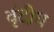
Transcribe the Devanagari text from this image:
वृंदीय